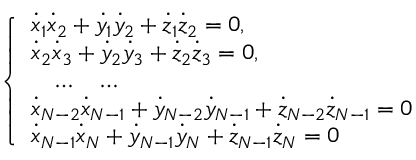
\left\{ \begin{array} { l } { { \dot { x } } _ { 1 } { \dot { x } } _ { 2 } + { \dot { y } } _ { 1 } { \dot { y } } _ { 2 } + { \dot { z } } _ { 1 } { \dot { z } } _ { 2 } = 0 , } \\ { { \dot { x } } _ { 2 } { \dot { x } } _ { 3 } + { \dot { y } } _ { 2 } { \dot { y } } _ { 3 } + { \dot { z } } _ { 2 } { \dot { z } } _ { 3 } = 0 , } \\ { \quad \dots \quad \dots } \\ { { \dot { x } } _ { N - 2 } { \dot { x } } _ { N - 1 } + { \dot { y } } _ { N - 2 } { \dot { y } } _ { N - 1 } + { \dot { z } } _ { N - 2 } { \dot { z } } _ { N - 1 } = 0 } \\ { { \dot { x } } _ { N - 1 } { \dot { x } } _ { N } + { \dot { y } } _ { N - 1 } { \dot { y } } _ { N } + { \dot { z } } _ { N - 1 } { \dot { z } } _ { N } = 0 } \end{array} \right.